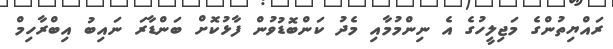
ރައްޔިތުންގެ މަޖިލީހުގެ އެ ނިންމުމާއި މެދު ކަންބޮޑުވުން ފާޅުކޮށް ބަންޑާރަ ނައިބު އިބްރާހިމް